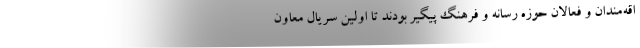
اقه‌مندان و فعالان حوزه رسانه و فرهنگ پیگیر بودند تا اولین سریال معاون